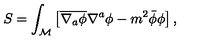
S = \int _ { \mathcal M } \left[ \overline { { \nabla _ { a } \phi } } \nabla ^ { a } \phi - m ^ { 2 } \bar { \phi } \phi \right] ,